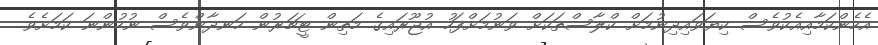
އެހެންކަމާއިއެކުވެސް ކިޔަވައިދިނުމަށް ކްލާސްތަކަށް ވަނުމަށްފަހު އުޖޫރައިގެ މަތިން ޓީޗަރުން ހަނދާންވެސް ނުހުންނަ ކަމަށެވެ.